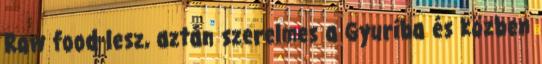
Raw food lesz, aztán szerelmes a Gyuriba és közben